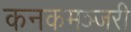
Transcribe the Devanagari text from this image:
कनकमञ्जरी